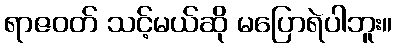
ရာဇဝတ် သင့်မယ်ဆို မပြောရဲပါဘူး။